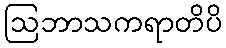
ဩဘာသကရာတိပိ